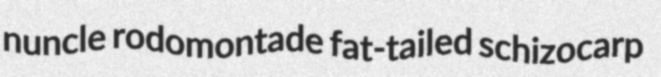
nuncle rodomontade fat-tailed schizocarp